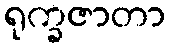
ရုက္ခဇာတာ